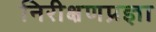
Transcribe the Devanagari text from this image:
निरीक्षणप्रज्ञा